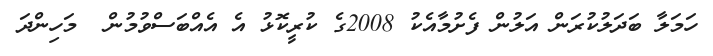
ހަމަލާ ބަދަލުކުރަން އަލުން ފެށުމާއެކު 2008ގެ ކުރީކޮޅު އެ އެއްބަސްވުމުން  މަހިންދަ